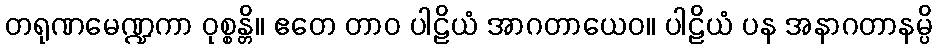
တရုဏမေဏ္ဍကာ ဝုစ္စန္တိ။ ဧတေ တာဝ ပါဠိယံ အာဂတာယေဝ။ ပါဠိယံ ပန အနာဂတာနမ္ပိ